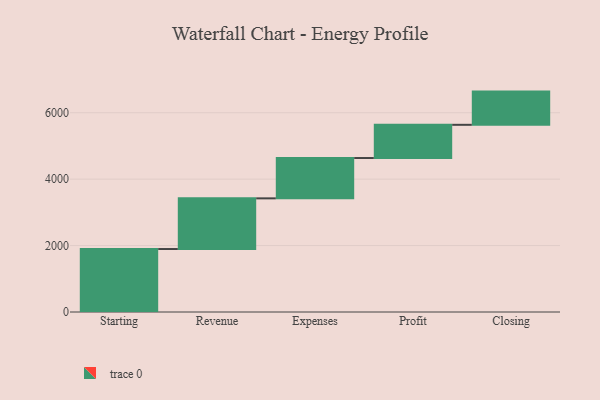
{"axis": {"x": "Step", "y": "Value"}, "legend": [""], "data": [{"x": "Starting", "y": 1896.0, "type": ""}, {"x": "Revenue", "y": 1526.0, "type": ""}, {"x": "Expenses", "y": 1214.0, "type": ""}, {"x": "Profit", "y": 1000, "type": ""}, {"x": "Closing", "y": 1000, "type": ""}]}